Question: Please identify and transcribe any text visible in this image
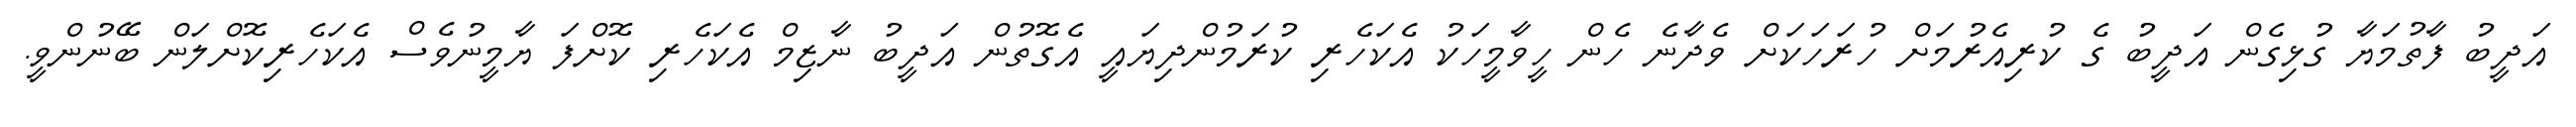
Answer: އަދީބު ފާތުމަޔާ ގުޅިގެން އަދީބު ގެ ކުރިއެރުމަށް ހުރަހަކަށް ވެދާނެ ހެން ހީވާމީހަކު އެކަހެރި ކުރަމުންދިޔައީ އެގޮތުން އަދީބު ނާޒިމް އެކަހެރި ކޮށްފަ ޔާމީނުވެސް އެކަހެރިކޮށްލަން ބޭނުންވީ.